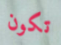
تكون